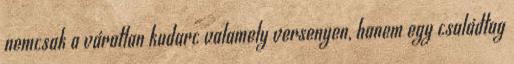
nemcsak a váratlan kudarc valamely versenyen, hanem egy családtag